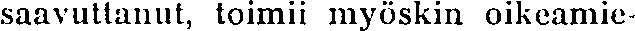
saavuttanut, toimii myöskin oikeamie-